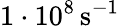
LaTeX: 1\cdot 10^{8}\, \mathrm{s}^{-1}